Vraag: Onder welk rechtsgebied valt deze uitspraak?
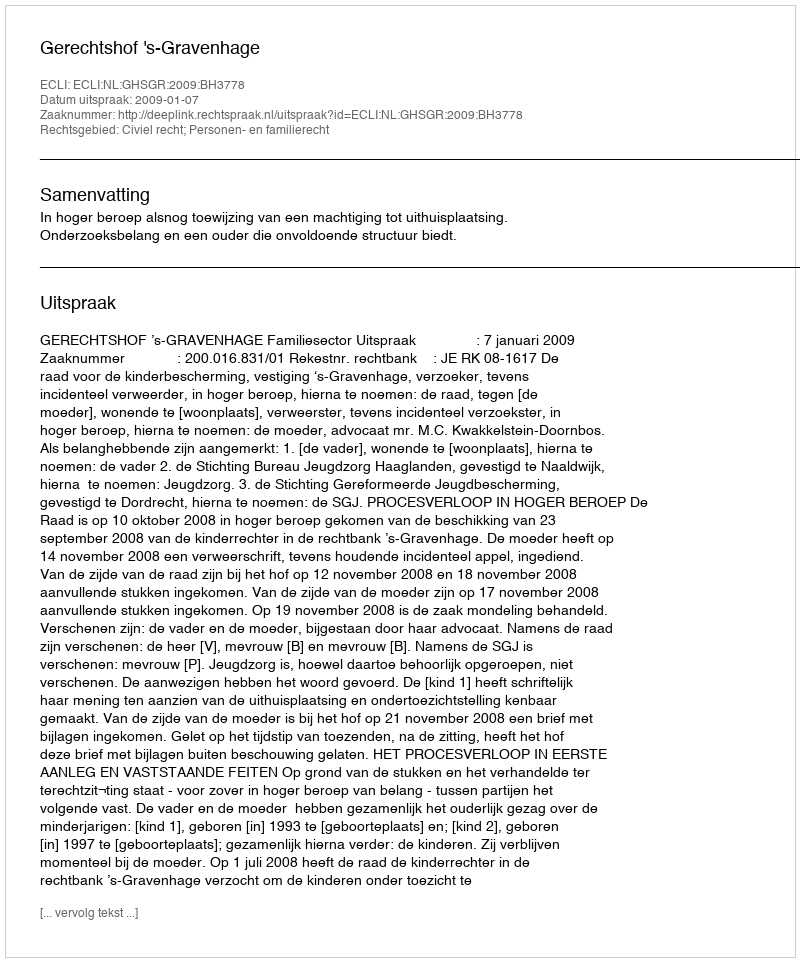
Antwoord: Civiel recht; Personen- en familierecht